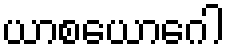
ယာစယောဂေါ